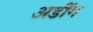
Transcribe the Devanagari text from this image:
अडींग